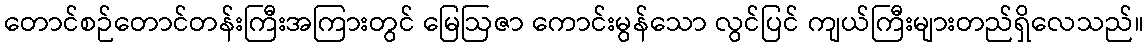
တောင်စဉ်တောင်တန်းကြီးအကြားတွင် မြေဩဇာ ကောင်းမွန်သော လွင်ပြင် ကျယ်ကြီးများတည်ရှိလေသည်။